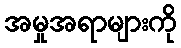
အမှုအရာများကို